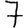
Digit: 7